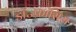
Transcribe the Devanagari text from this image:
डॉ॰फ्रांसिस